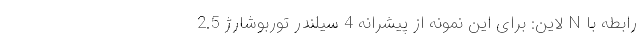
رابطه با N لاین: برای این نمونه از پیشرانه 4 سیلندر توربوشارژ 2.5